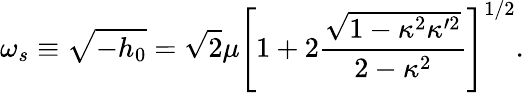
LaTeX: \omega_{s}\equiv\sqrt{-h_{0}}=\sqrt{2}\mu\left[1+2\frac{\sqrt{1-\kappa^{2}\kappa^{\prime 2}}}{2-\kappa^{2}}\right]^{1/2}.